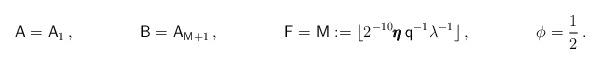
LaTeX: \begin{align*}\mathsf{A}=\mathsf{A}_1\,,\quad\quad\qquad\mathsf{B}=\mathsf{A}_{\mathsf{M}+1}\,,\quad\quad\qquad\mathsf{F}=\mathsf{M}:=\lfloor 2^{-10}\pmb{\eta}\,\mathsf{q}^{-1}\lambda^{-1}\rfloor\,,\quad\quad\qquad\phi = \frac{1}{2}\,.\end{align*}